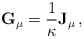
\begin{align*} {\bf G}_\mu = {1 \over \kappa} {\bf J}_\mu \, ,\end{align*}